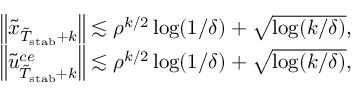
\begin{array} { r } { \left\| \tilde { x } _ { \tilde { T } _ { \mathrm { s t a b } } + k } \right\| \lesssim \rho ^ { k / 2 } \log ( 1 / \delta ) + \sqrt { \log ( k / \delta ) } , } \\ { \left\| \tilde { u } _ { \tilde { T } _ { \mathrm { s t a b } } + k } ^ { c e } \right\| \lesssim \rho ^ { k / 2 } \log ( 1 / \delta ) + \sqrt { \log ( k / \delta ) } , } \end{array}